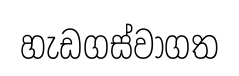
හැඩගස්වාගත